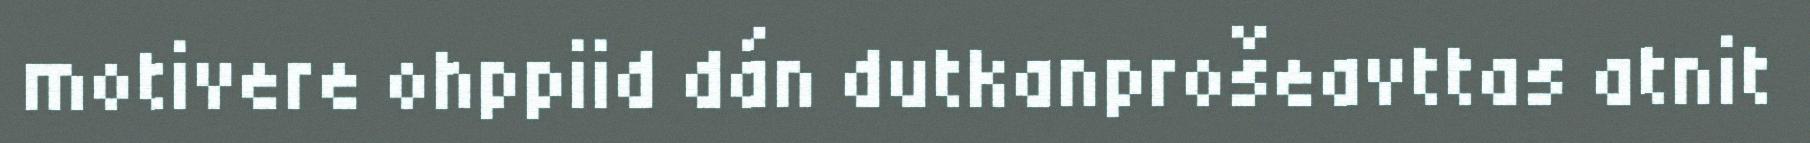
motivere ohppiid dán dutkanprošeavttas atnit